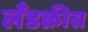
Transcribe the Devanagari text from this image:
लँडक्रीस